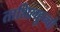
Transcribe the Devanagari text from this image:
ताशिलहुन्बो